Vaccination in Bombay 1889-1901 - 1889-1901
Year: 1889
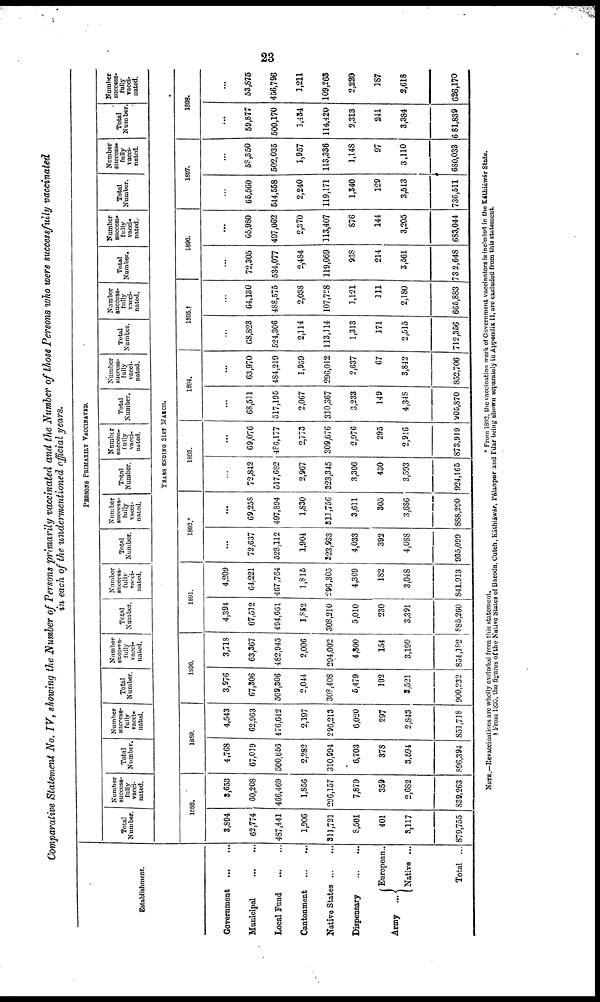
23
Comparative Statement No. IV, showing the Number of Persons primarily vaccinated and the Number of those Persons who were successfully vaccinated
in each of the undermentioned official years.
Establishment.
Government
...
...
Municipal
...
...
Local Fund
...
...
Cantonment
...
...
Native States
...
...
Dispensary
...
...
Army ...
European...
Native ...
Total ...
PERSONS
PRIMARILY VACCINATED.
Total
Number.
Number
success-
fully
vacci-
nated.
Total
Number.
Number
success-
fully
vacci-
nated.
Total
Number.
Number
success-
fully
Vacci-
-ated.
Total
Number.
Number
success-
fully
vacci¬
nated.
Total
Number.
Number
success-
fully
vacci-
nated.
Total
Number.
Number
success-
fully
vacci-
nated.
Total
Number.
Number
success-
fully
vacci-
nated.
Total
Number.
Number
success-
fully
vacci-
nated.
Total
Number.
Number
success¬
fully
vacci-
nated.
Total
Number.
Number
success¬
fully
vacci¬
nated.
Total
Number
Number
success¬
fully
vacci¬
nated.
YEARS ENDING 31ST MARCH.
1888.
3,894
62,774
487,441
1,906
311,721
8,501
401
3,117
879,755
3,653
60,208
466,469
1,856
296,157
7,879
359
2,682
839,263
1889.
4,768
67,019
500,656
2,282
310,994
6,703
378
3,594
896,394
4,543
62,963
476,612
2,197
296,213
6,020
297
2,843
851,718
1890.
3,976
67,306
509,306
2,044
308,408
5,479
192
3,521
900,232
3,718
63,367
482,945
2,006
294,002
4,800
154
3,190
854,182
1891.
4,394
67,512
494,661
1,852
308,210
5,010
230
3,391
885,260
4,209
64,221
467,764
1,815
296,305
4,369
182
3,048
841,913
1892.*
...
72,637
528,112
1,904
323,933
4,033
392
4,088
935,099
...
69,258
497,894
1,830
311,756
3,611
305
3,686
888,290
1893.
...
72,842
517,682
2,967
323,345
3,306
430
3,593
924,165
...
69,076
486,177
2,773
309,676
2,976
295
2,916
873,919
1894.
...
68,511
517,195
2,067
310,367
3,233
149
4,348
905,870
...
63,970
484,219
1,959
296,012
2,637
67
3,842
852,706
1895.†
...
68,823
524,306
2,114
113,114
1,313
171
2,515
712,356
...
64,130
488,575
2,038
107,728
1,121
111
2,180
665,883
1896.
...
72,305
534,077
2,484
119,069
938
214
3,561
732,648
...
65,980
497,062
2,370
113,407
876
144
3,205
683,044
1897.
...
65,560
544,558
2,240
119,171
1,340
129
3,513
736,511
...
58,350
502,035
1,957
113,336
1,148
97
3,110
680,033
1898.
...
59,877
500,170
1,434
114,420
2,313
241
3,384
681,839
...
53,875
456,796
1,211
109,263
2,220
187
2,618
626,170
NOTE.—Revaccinations are wholly excluded from this statement.
* From 1892, the vaccination work of Government vaccinators is included in the Káthiáwár State.
† From 1895, the figures of the Native States of Baroda, Cutch, Káthiáwár, Pálanpur and I'dar being shown separately in Appendix II, are excluded from this statement.